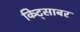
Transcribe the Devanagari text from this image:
किट्साबर